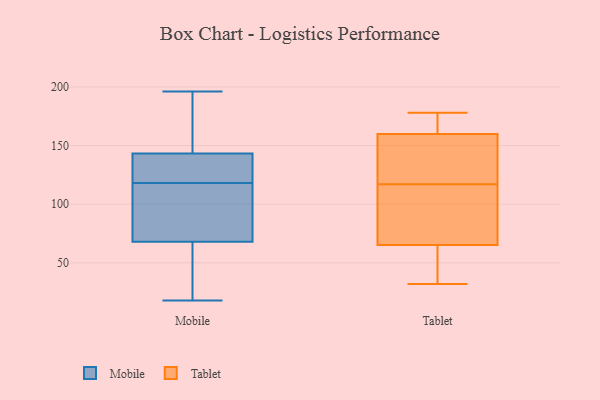
{"axis": {"x": "LTV (USD)", "y": "Value"}, "legend": ["Mobile", "Tablet"], "data": [{"x": "", "y": 126, "type": "Mobile"}, {"x": "", "y": 118, "type": "Mobile"}, {"x": "", "y": 29, "type": "Mobile"}, {"x": "", "y": 83, "type": "Mobile"}, {"x": "", "y": 141, "type": "Mobile"}, {"x": "", "y": 62, "type": "Mobile"}, {"x": "", "y": 196, "type": "Mobile"}, {"x": "", "y": 125, "type": "Mobile"}, {"x": "", "y": 70, "type": "Mobile"}, {"x": "", "y": 90, "type": "Mobile"}, {"x": "", "y": 160, "type": "Mobile"}, {"x": "", "y": 18, "type": "Mobile"}, {"x": "", "y": 150, "type": "Mobile"}, {"x": "", "y": 161, "type": "Tablet"}, {"x": "", "y": 107, "type": "Tablet"}, {"x": "", "y": 131, "type": "Tablet"}, {"x": "", "y": 50, "type": "Tablet"}, {"x": "", "y": 87, "type": "Tablet"}, {"x": "", "y": 168, "type": "Tablet"}, {"x": "", "y": 58, "type": "Tablet"}, {"x": "", "y": 117, "type": "Tablet"}, {"x": "", "y": 178, "type": "Tablet"}, {"x": "", "y": 32, "type": "Tablet"}, {"x": "", "y": 156, "type": "Tablet"}]}